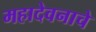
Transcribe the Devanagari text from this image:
महादेवनाचे